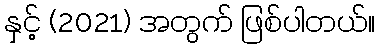
နှင့် (2021) အတွက် ဖြစ်ပါတယ်။